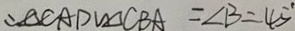
\therefore \Delta C A D \sim \Delta C B A = \angle B = 4 5 ^ { \circ }